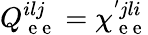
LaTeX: Q_{\mathrm{~e~e~}}^{ilj}=\chi_{\mathrm{~e~e~}}^{'jli}